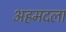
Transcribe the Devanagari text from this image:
अहमदला